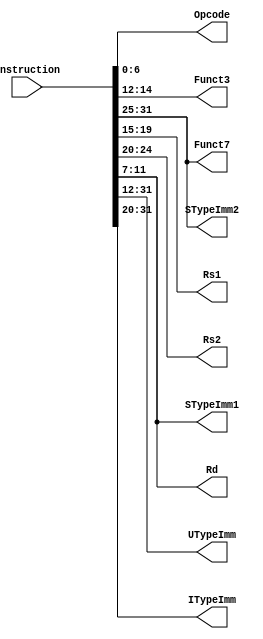
//-----------------------------------------------------------------------------
//  Module: Splitter.v
//  Desc: Splits instruction into different possible values  
//  Inputs Interface:
//    a: Instruction (asynchronous)
//  Output Interface:
//    Opcode: Opcode field of instruction (asynchronous)
//    Funct3: Funct3 field of instruction (asynchronous)
//    Funct7: Funct7 field of instruction (asynchronous)
//    Rs1: Rs1 field of instruction (asynchronous)
//    Rs2: Rs2 field of instruction (asynchronous)
//    Rd: Rd field of instruction (asynchronous)
//    UTypeImm: U Type immediate field of instruction (asynchronous)
//    ITypeImm: I Type immediate field of instruction (asynchronous)
//    STypeImm1: S Type immediate field 1 of instruction (asynchronous)
//    STypeImm2: S Type immediate field 2 of instruction (asynchronous)
//-----------------------------------------------------------------------------

module Splitter(
    input [31:0] Instruction,
    output [6:0] Opcode,
    output [2:0] Funct3,
    output [6:0] Funct7,
    output [4:0] Rs1,
    output [4:0] Rs2,
    output [4:0] Rd,
    output [19:0] UTypeImm,
    output [11:0] ITypeImm,
    output [4:0] STypeImm1,
    output [6:0] STypeImm2
    );

    assign Opcode = Instruction[6:0];
    assign Funct3 = Instruction[14:12];
    assign Funct7 = Instruction[31:25];
    assign Rs1 = Instruction[19:15];
    assign Rs2 = Instruction[24:20];
    assign Rd = Instruction[11:7];
    assign UTypeImm = Instruction[31:12];
    assign ITypeImm = Instruction[31:20];
    assign STypeImm1 = Instruction[11:7];
    assign STypeImm2 = Instruction[31:25];

endmodule